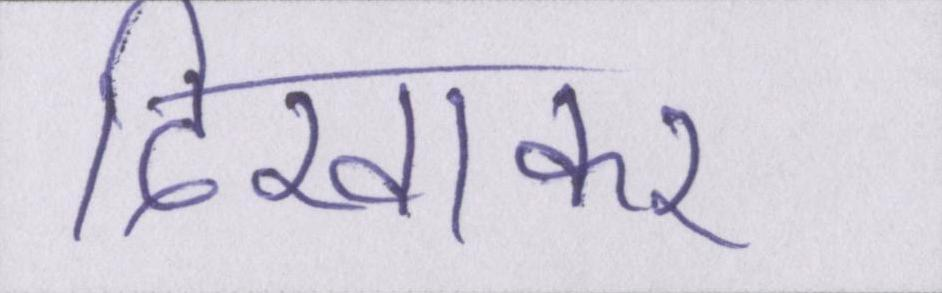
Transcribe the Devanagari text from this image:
दिखाकर